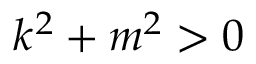
k ^ { 2 } + m ^ { 2 } > 0